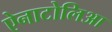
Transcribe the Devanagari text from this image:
ऐनाटोलिआ